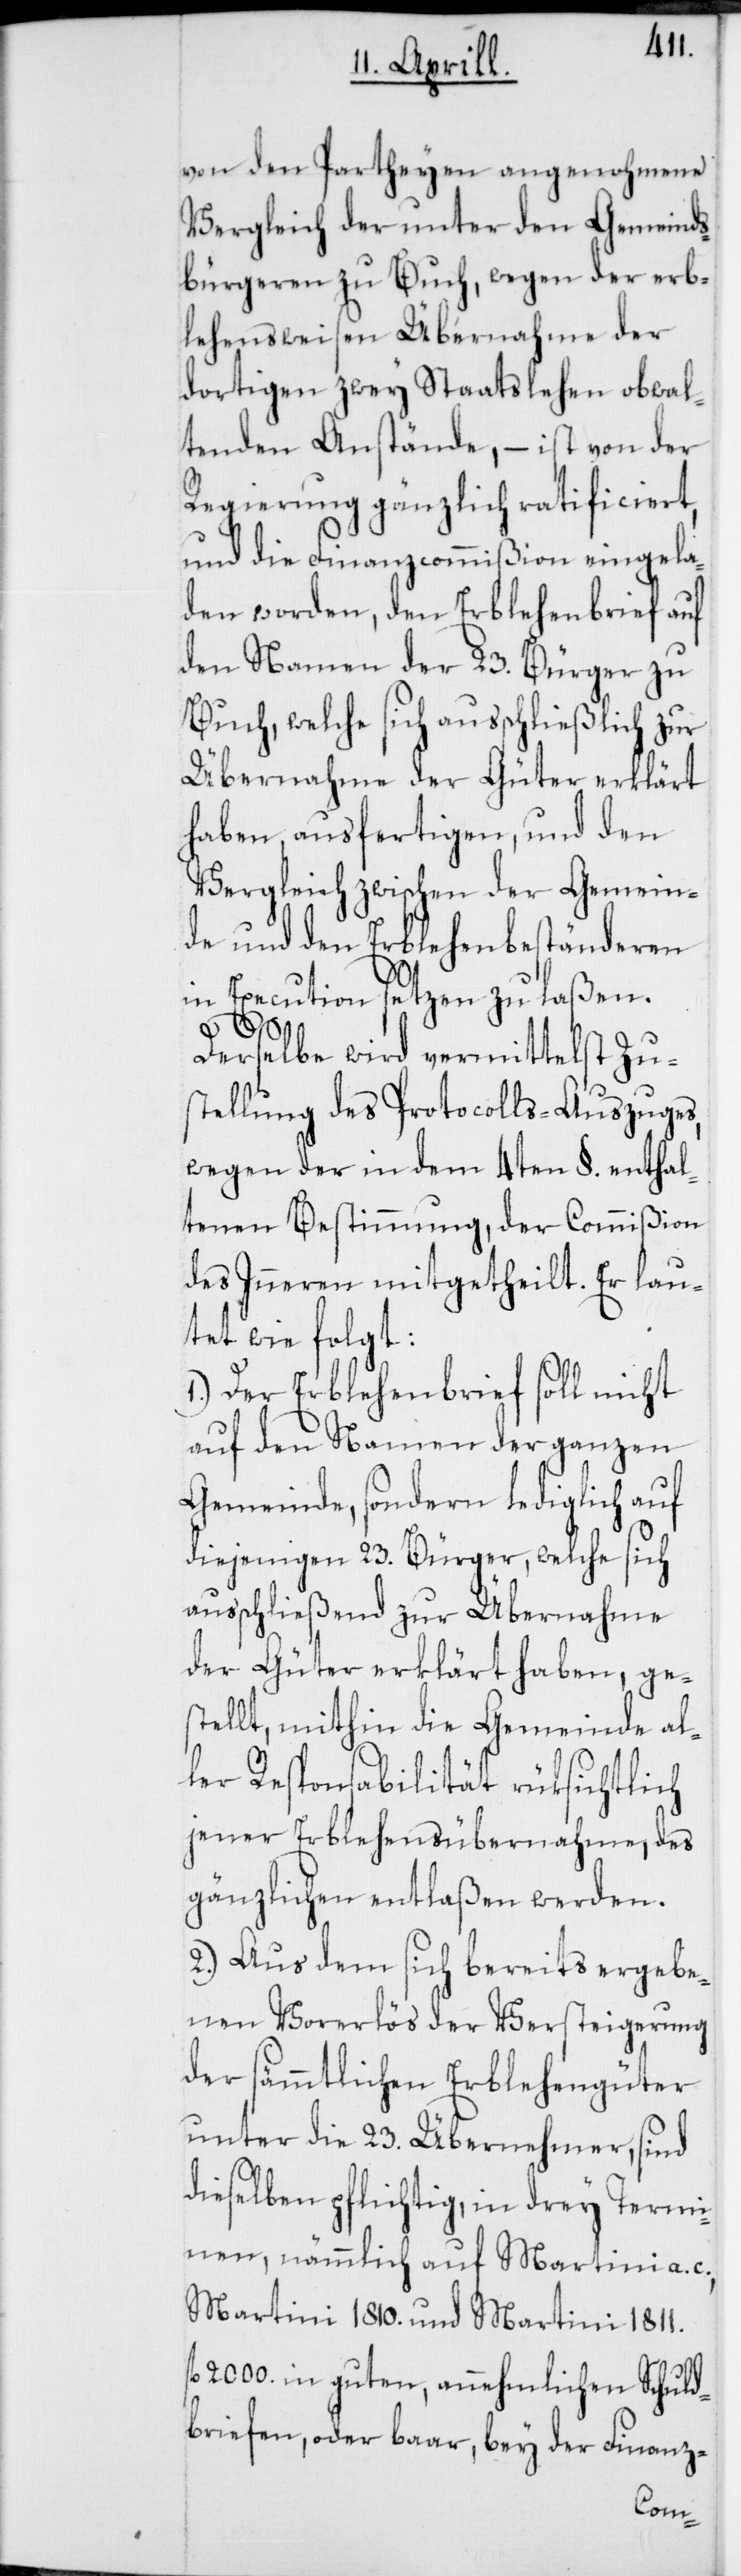
von den Partheyen angenohmene
Vergleich der unter den Gemeind¬
bürgeren zu Buch, wegen der erb¬
lehensweisen Übernahme der
dortigen zwey Staatslehen obwal¬
tenden Anstände, – ist von der
Regierung gänzlich ratificiert,
und die Finanzcommißion eingela¬
den worden, den Erblehenbrief auf
den Namen der 23. Bürger zu
Buch, welche sich ausschließlich zur
Übernahme der Güter erklärt
haben, ausfertigen, und den
Vergleich zwischen der Gemein¬
de und den Erblehenbeständeren
in Execution setzen zu laßen.
Derselbe wird vermittelst Zu¬
stellung des Protocolls-Auszuges,
wegen der in dem 4ten §. enthal¬
tenen Bestimmung, der Commißion
des Inneren mitgetheilt. Er lau¬
tet wie folgt:
1.) Der Erblehenbrief soll nicht
auf den Namen der ganzen
Gemeinde, sondern lediglich auf
diejenigen 23. Bürger, welche sich
ausschließend zur Übernahme
der Güter erklärt haben, ge¬
stellt, mithin die Gemeinde al¬
ler Responsabilität rüksichtlich
jener Erblehensübernahme, des
gänzlichen entlaßen werden.
2.) Aus dem sich bereits ergebe¬
nen Vorerlös der Versteigerung
der sämmtlichen Erblehengüter
unter die 23. Übernehmer, sind
dieselben pflichtig, in drey Termi¬
nen, nämmlich auf Martini a. c.,
Martini 1810. und Martini 1811.
2000. in guten, annehmlichen Schuld¬
briefen, oder baar, bey der Finanz-